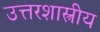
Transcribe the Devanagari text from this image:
उत्तरशास्त्रीय